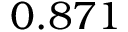
0 . 8 7 1